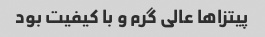
پیتزا‌ها عالی گرم و با کیفیت بود